Senior Leaving Certificate Examination (including Day School Certificate (Higher) General paper), 1950
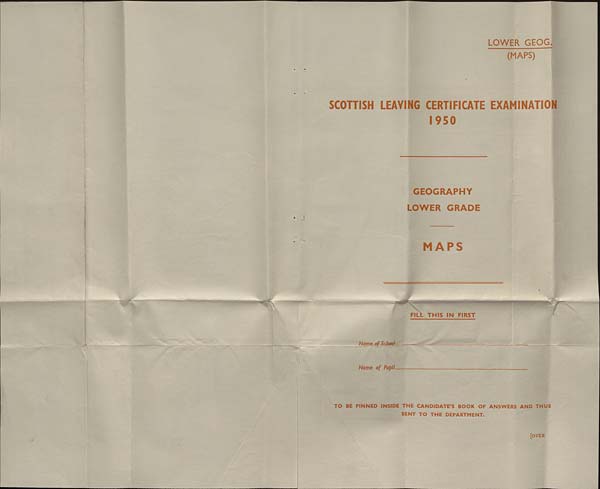
• • —Wr-'
''
LOWER GEOG
(MAPS)
SCOTTISH LEAVING CERTIFICATE EXAMINATION
1950
GEOGRAPHY
LOWER GRADE
MAPS
S*~
-mm —
FILL THIS IN FIRST
Name of School.
Name of Pupil
TO BE PINNED INSIDE THE CANDIDATE’S BOOK OF ANSWERS AND THUS
SENT TO THE DEPARTMENT.
[OVER